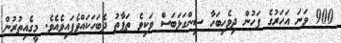
900 ވަނަ އަހަރުގެ ފަހުން ދިވެހިބަހާ ސިންގަޅަބަސް ވަކިވެ ތަފާތު ދެބަހަކައްވެފައިވެއެވެ. މީގެއިތުރުން